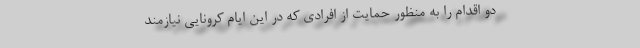
دو اقدام را به منظور حمایت از افرادی که در این ایام کرونایی نیازمند